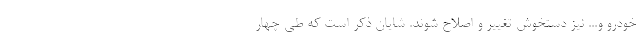
خودرو و... نیز دستخوش تغییر و اصلاح شوند. شایان ذکر است که طی چهار